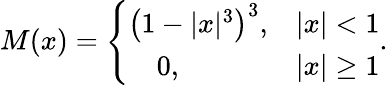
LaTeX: M(x)=\left\{ \begin{array}{ll}{\left(1-|x|^{3}\right)^{3},}&{|x|<1}\\ {~~~~0,}&{|x|\ge 1}\end{array}\right..